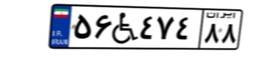
۵۶W۴۷۴۸۸